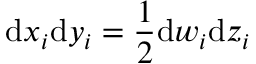
\mathrm { d } x _ { i } \mathrm { d } y _ { i } = \frac { 1 } { 2 } \mathrm { d } w _ { i } \mathrm { d } z _ { i }